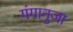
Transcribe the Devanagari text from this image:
गंगानुजा